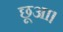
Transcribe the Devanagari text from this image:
छूआ।